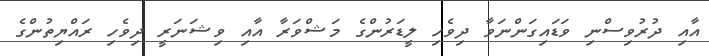
އާއި ދުރުވިސްނި ވަޑައިގަންނަވާ ދިވެހި ލީޑަރުންގެ މަޝްވަރާ އާއި ވިޝަނަރީ ދިވެހި ރައްޔިތުންގެ